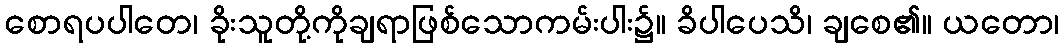
စောရပပါတေ၊ ခိုးသူတို့ကိုချရာဖြစ်သောကမ်းပါး၌။ ခိပါပေသိ၊ ချစေ၏။ ယတော၊